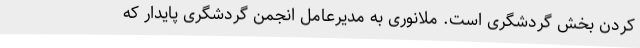
کردن بخش گردشگری است. ملانوری به مدیرعامل انجمن گردشگری پایدار که